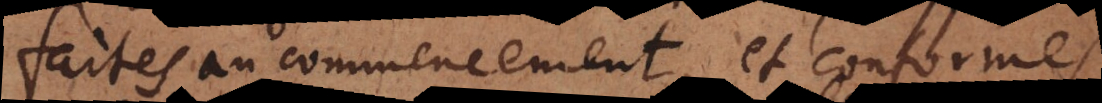
faites au commencement, et conformes